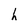
Character: h